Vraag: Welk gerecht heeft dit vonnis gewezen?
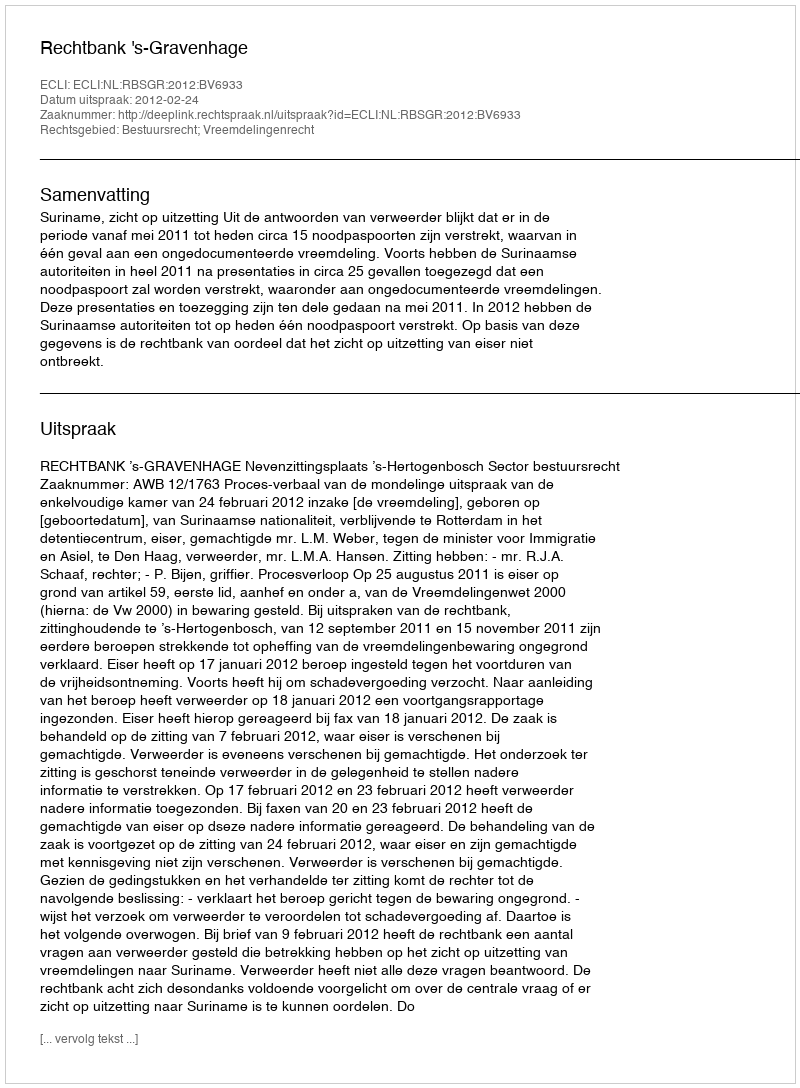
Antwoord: Rechtbank 's-Gravenhage